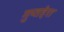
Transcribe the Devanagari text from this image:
गुप्तहेरा